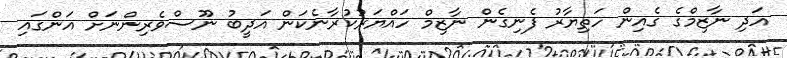
އަދި ނާޒިމްގެ ގެއިން ހަތިޔާރު ފެނިގެން ނާޒިމް ހައްޔަރުކުރާނެކަން އަދީބު ނޫސްވެރިންނަށް އަންގައި